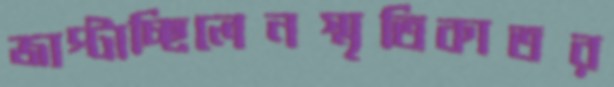
জাপ্‌টাচ্ছিলেনস্মৃতিকাতর